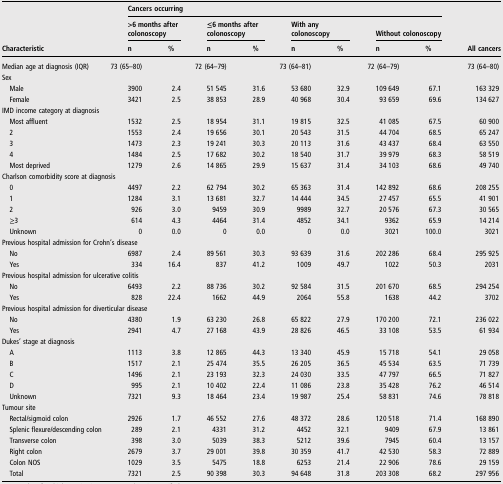
<table><thead><tr><td></td><td colspan="8"><b>Cancers occurring</b></td><td></td></tr><tr><td></td><td colspan="2"><b>&gt;6 months after colonoscopy</b></td><td colspan="2"><b>≤6 months after colonoscopy</b></td><td colspan="2"><b>With any colonoscopy</b></td><td colspan="2"><b>Without colonoscopy</b></td><td></td></tr><tr><td><b>Characteristic</b></td><td><b>n</b></td><td><b>%</b></td><td><b>n</b></td><td><b>%</b></td><td><b>n</b></td><td><b>%</b></td><td><b>n</b></td><td><b>%</b></td><td><b>All cancers</b></td></tr></thead><tbody><tr><td>Median age at diagnosis (IQR)</td><td colspan="2">73 (65–80)</td><td colspan="2">72 (64–79)</td><td colspan="2">73 (64–81)</td><td colspan="2">72 (64–79)</td><td>73 (64–80)</td></tr><tr><td>Sex</td><td></td><td></td><td></td><td></td><td></td><td></td><td></td><td></td><td></td></tr><tr><td> Male</td><td>3900</td><td>2.4</td><td>51 545</td><td>31.6</td><td>53 680</td><td>32.9</td><td>109 649</td><td>67.1</td><td>163 329</td></tr><tr><td> Female</td><td>3421</td><td>2.5</td><td>38 853</td><td>28.9</td><td>40 968</td><td>30.4</td><td>93 659</td><td>69.6</td><td>134 627</td></tr><tr><td colspan="10">IMD income category at diagnosis</td></tr><tr><td> Most affluent</td><td>1532</td><td>2.5</td><td>18 954</td><td>31.1</td><td>19 815</td><td>32.5</td><td>41 085</td><td>67.5</td><td>60 900</td></tr><tr><td> 2</td><td>1553</td><td>2.4</td><td>19 656</td><td>30.1</td><td>20 543</td><td>31.5</td><td>44 704</td><td>68.5</td><td>65 247</td></tr><tr><td> 3</td><td>1473</td><td>2.3</td><td>19 241</td><td>30.3</td><td>20 113</td><td>31.6</td><td>43 437</td><td>68.4</td><td>63 550</td></tr><tr><td> 4</td><td>1484</td><td>2.5</td><td>17 682</td><td>30.2</td><td>18 540</td><td>31.7</td><td>39 979</td><td>68.3</td><td>58 519</td></tr><tr><td> Most deprived</td><td>1279</td><td>2.6</td><td>14 865</td><td>29.9</td><td>15 637</td><td>31.4</td><td>34 103</td><td>68.6</td><td>49 740</td></tr><tr><td colspan="10">Charlson comorbidity score at diagnosis</td></tr><tr><td> 0</td><td>4497</td><td>2.2</td><td>62 794</td><td>30.2</td><td>65 363</td><td>31.4</td><td>142 892</td><td>68.6</td><td>208 255</td></tr><tr><td> 1</td><td>1284</td><td>3.1</td><td>13 681</td><td>32.7</td><td>14 444</td><td>34.5</td><td>27 457</td><td>65.5</td><td>41 901</td></tr><tr><td> 2</td><td>926</td><td>3.0</td><td>9459</td><td>30.9</td><td>9989</td><td>32.7</td><td>20 576</td><td>67.3</td><td>30 565</td></tr><tr><td> ≥3</td><td>614</td><td>4.3</td><td>4464</td><td>31.4</td><td>4852</td><td>34.1</td><td>9362</td><td>65.9</td><td>14 214</td></tr><tr><td> Unknown</td><td>0</td><td>0.0</td><td>0</td><td>0.0</td><td>0</td><td>0.0</td><td>3021</td><td>100.0</td><td>3021</td></tr><tr><td colspan="10">Previous hospital admission for Crohn&#x27;s disease</td></tr><tr><td> No</td><td>6987</td><td>2.4</td><td>89 561</td><td>30.3</td><td>93 639</td><td>31.6</td><td>202 286</td><td>68.4</td><td>295 925</td></tr><tr><td> Yes</td><td>334</td><td>16.4</td><td>837</td><td>41.2</td><td>1009</td><td>49.7</td><td>1022</td><td>50.3</td><td>2031</td></tr><tr><td colspan="10">Previous hospital admission for ulcerative colitis</td></tr><tr><td> No</td><td>6493</td><td>2.2</td><td>88 736</td><td>30.2</td><td>92 584</td><td>31.5</td><td>201 670</td><td>68.5</td><td>294 254</td></tr><tr><td> Yes</td><td>828</td><td>22.4</td><td>1662</td><td>44.9</td><td>2064</td><td>55.8</td><td>1638</td><td>44.2</td><td>3702</td></tr><tr><td colspan="10">Previous hospital admission for diverticular disease</td></tr><tr><td> No</td><td>4380</td><td>1.9</td><td>63 230</td><td>26.8</td><td>65 822</td><td>27.9</td><td>170 200</td><td>72.1</td><td>236 022</td></tr><tr><td> Yes</td><td>2941</td><td>4.7</td><td>27 168</td><td>43.9</td><td>28 826</td><td>46.5</td><td>33 108</td><td>53.5</td><td>61 934</td></tr><tr><td colspan="10">Dukes’ stage at diagnosis</td></tr><tr><td> A</td><td>1113</td><td>3.8</td><td>12 865</td><td>44.3</td><td>13 340</td><td>45.9</td><td>15 718</td><td>54.1</td><td>29 058</td></tr><tr><td> B</td><td>1517</td><td>2.1</td><td>25 474</td><td>35.5</td><td>26 205</td><td>36.5</td><td>45 534</td><td>63.5</td><td>71 739</td></tr><tr><td> C</td><td>1496</td><td>2.1</td><td>23 193</td><td>32.3</td><td>24 030</td><td>33.5</td><td>47 797</td><td>66.5</td><td>71 827</td></tr><tr><td> D</td><td>995</td><td>2.1</td><td>10 402</td><td>22.4</td><td>11 086</td><td>23.8</td><td>35 428</td><td>76.2</td><td>46 514</td></tr><tr><td> Unknown</td><td>7321</td><td>9.3</td><td>18 464</td><td>23.4</td><td>19 987</td><td>25.4</td><td>58 831</td><td>74.6</td><td>78 818</td></tr><tr><td colspan="10">Tumour site</td></tr><tr><td> Rectal/sigmoid colon</td><td>2926</td><td>1.7</td><td>46 552</td><td>27.6</td><td>48 372</td><td>28.6</td><td>120 518</td><td>71.4</td><td>168 890</td></tr><tr><td> Splenic flexure/descending colon</td><td>289</td><td>2.1</td><td>4331</td><td>31.2</td><td>4452</td><td>32.1</td><td>9409</td><td>67.9</td><td>13 861</td></tr><tr><td> Transverse colon</td><td>398</td><td>3.0</td><td>5039</td><td>38.3</td><td>5212</td><td>39.6</td><td>7945</td><td>60.4</td><td>13 157</td></tr><tr><td> Right colon</td><td>2679</td><td>3.7</td><td>29 001</td><td>39.8</td><td>30 359</td><td>41.7</td><td>42 530</td><td>58.3</td><td>72 889</td></tr><tr><td> Colon NOS</td><td>1029</td><td>3.5</td><td>5475</td><td>18.8</td><td>6253</td><td>21.4</td><td>22 906</td><td>78.6</td><td>29 159</td></tr><tr><td> Total</td><td>7321</td><td>2.5</td><td>90 398</td><td>30.3</td><td>94 648</td><td>31.8</td><td>203 308</td><td>68.2</td><td>297 956</td></tr></tbody></table>